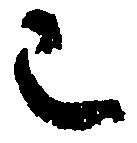
已